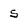
Character: s